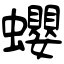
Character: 蠳